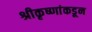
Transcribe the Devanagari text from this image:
श्रीकृष्णांकडून